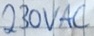
Text: 230VAC